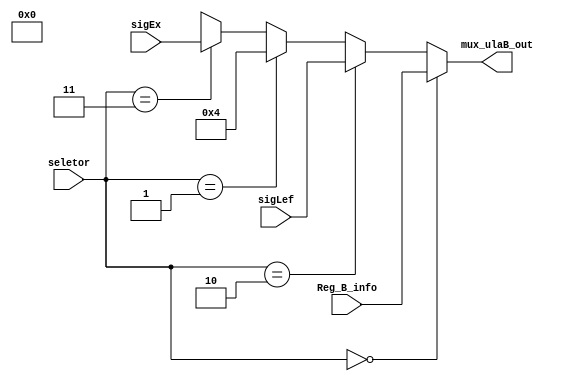
module mux_ulaB(
    input wire [1:0] seletor,
    input wire [31:0] Reg_B_info,
    input wire  [31:0] sigLef,
    input wire [31:0] sigEx,
    output wire [31:0] mux_ulaB_out
);

assign mux_ulaB_out = (seletor == 2'b00) ? Reg_B_info: (seletor == 2'b10) ? sigLef: 
                      (seletor == 2'b01) ? 32'd4: (seletor == 2'b11) ? sigEx: 2'bxx;


endmodule